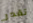
تقدر